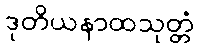
ဒုတိယနာထသုတ္တံ